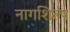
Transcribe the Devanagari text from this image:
नागशिल्प